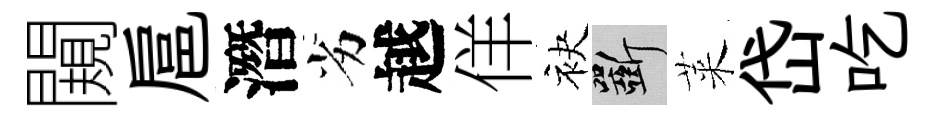
闚扈潛劣越佯袂斫萊岱吃